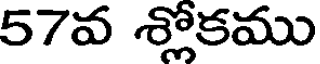
57వ శ్లోకము